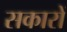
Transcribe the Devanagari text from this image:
सकारों